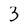
Character: 3